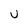
Character: U